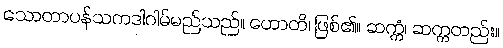
သောတာပန်သကဒါဂါမ်မည်သည်။ ဟောတိ၊ ဖြစ်၏။ ဆက္ကံ၊ ဆက္ကတည်း။